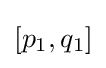
[p_{1},q_{1}]